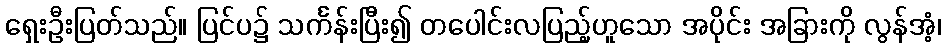
ရှေးဦးပြတ်သည်။ ပြင်ပ၌ သင်္ကန်းပြီး၍ တပေါင်းလပြည့်ဟူသော အပိုင်း အခြားကို လွန်အံ့၊